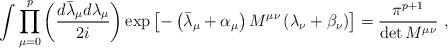
LaTeX: \begin{align*}\int \prod_{\mu=0}^{p}\left(\frac{d\bar{\lambda}_{\mu} d\lambda_{\mu}} {2i} \right) \exp \left[ -\left(\bar{\lambda}_{\mu}+\alpha_{\mu}\right) M^{\mu\nu} \left(\lambda_{\nu}+\beta_{\nu}\right)\right] = \frac{\pi^{p+1}}{\det M^{\mu\nu}}~,\end{align*}